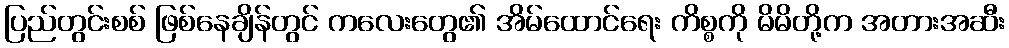
ပြည်တွင်းစစ် ဖြစ်နေချိန်တွင် ကလေးတွေ၏ အိမ်ထောင်ရေး ကိစ္စကို မိမိတို့က အတားအဆီး